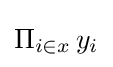
\Pi _{i\in x}\,y_{i}